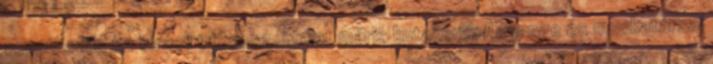
vonatkozik. Az izraeli titkosszolgálat máris kutakodik Assange és munkatársai